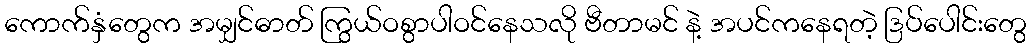
ကောက်နှံတွေက အမျှင်ဓာတ် ကြွယ်ဝစွာပါဝင်နေသလို ဗီတာမင် နဲ့ အပင်ကနေရတဲ့ ဒြပ်ပေါင်းတွေ